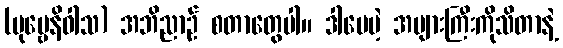
(ပုဗ္ဗေနိဝါသ) အဘိညာဉ် စတာတွေပါ။ ဒါပေမဲ့ အများကြီးကိုသိတာနဲ့